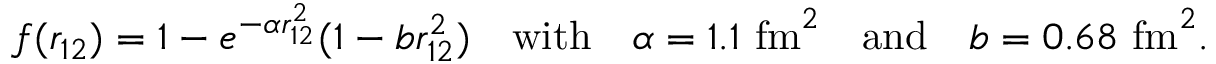
f ( r _ { 1 2 } ) = 1 - e ^ { - \alpha r _ { 1 2 } ^ { 2 } } ( 1 - b r _ { 1 2 } ^ { 2 } ) \quad \mathrm { w i t h } \quad \alpha = 1 . 1 ~ \mathrm { f m } ^ { 2 } \quad \mathrm { a n d } \quad b = 0 . 6 8 ~ \mathrm { f m } ^ { 2 } .